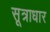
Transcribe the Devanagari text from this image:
सूत्राधार